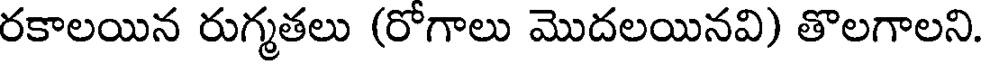
రకాలయిన రుగ్మతలు (రోగాలు మొదలయినవి) తొలగాలని.